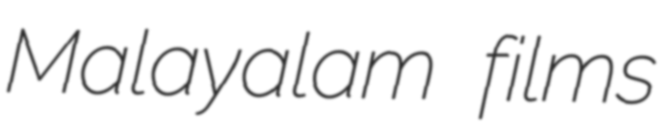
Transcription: Malayalam films